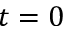
t = 0